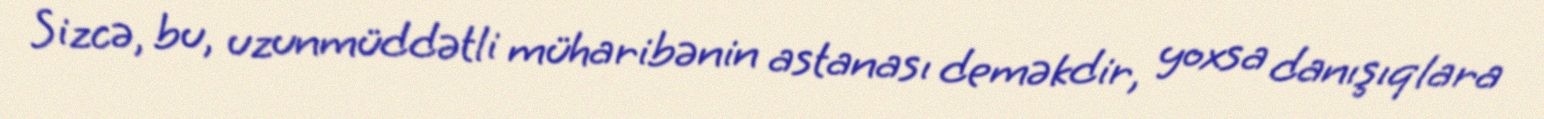
Sizcə, bu, uzunmüddətli müharibənin astanası deməkdir, yoxsa danışıqlara